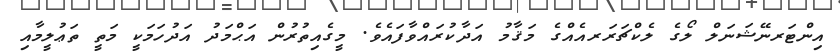
އިންޓަރނޭޝަނަލް ލޯގެ ލެކްޗަރަރއެއްގެ މަޤާމު އަދާކުރައްވާފައެވެ. މީގެއިތުރުން އަޙްމަދު އަދުހަމަކީ މަތީ ތަޢުލީމާއި